Vaccination in the Punjab 1883-1896 - 1883-1896
Year: 1883
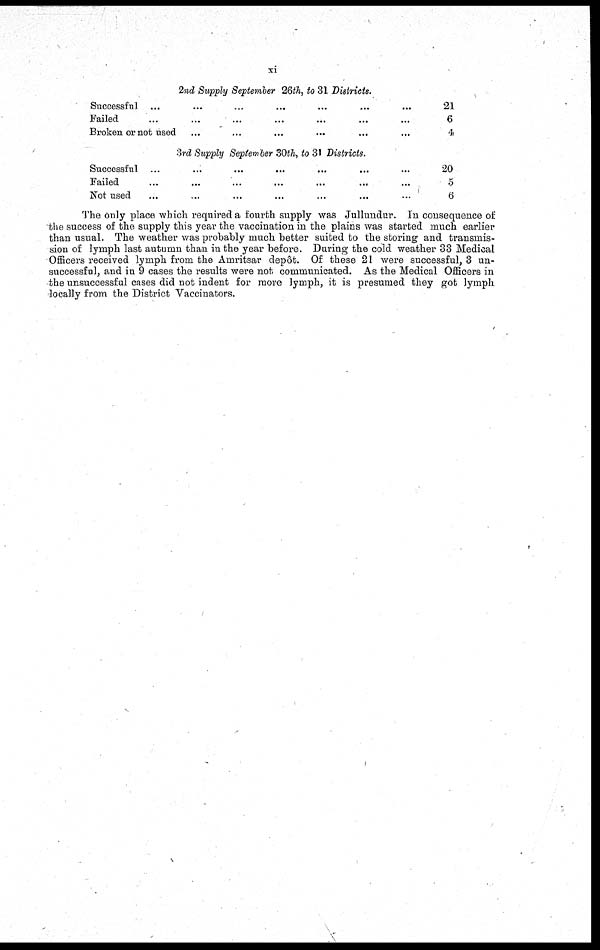
xi
2nd Supply September 26th, to 31 Districts.
Successful ... ... ... ... ... ... ...
Failed ... ... ... ... ... ... ...
Broken or not used ... ... ... ... ...
21
6
4
3rd Supply September 30th, to 31 Districts.
Successful ... ... ... ... ... ... ...
Failed ... ... ... ... ... ... ...
Not used ... ... ... ... ... ... ...
20
5
6
The only place which required a fourth supply was Jullundur. In consequence of
the success of the supply this year the vaccination in the plains was started much earlier
than usual. The weather was probably much better suited to the storing and transmis-
sion of lymph last autumn than in the year before. During the cold weather 33 Medical
Officers received lymph from the Amritsar depôt. Of these 21 were successful, 3 un-
successful, and in 9 cases the results were not communicated. As the Medical Officers in
the unsuccessful cases did not indent for more lymph, it is presumed they got lymph
locally from the District Vaccinators.